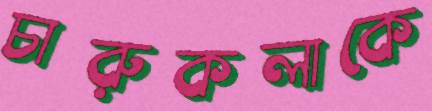
চারুকলাকে